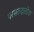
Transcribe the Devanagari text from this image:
परमरुद्रलोक